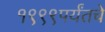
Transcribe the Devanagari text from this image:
१९९९पर्यंतचे